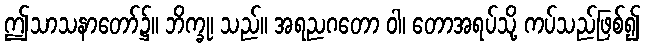
ဤသာသနာတော်၌။ ဘိက္ခု၊ သည်။ အရညဂတော ဝါ၊ တောအရပ်သို့ ကပ်သည်ဖြစ်၍